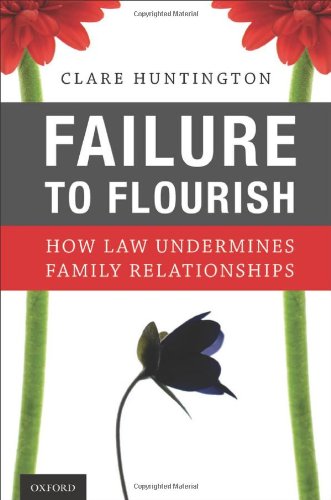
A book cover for Failure to Flourish: How Law Undermines Family Relationships; Clare Huntington; Law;